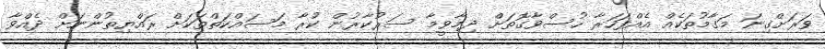
ވަރަށްގިނަ މަގާމުތަކެއް އެއްފަހަރާ ހުސްވާގޮތަށް ދިމާވީމާ ސަރުކާރުން ކުރާ މަސައްކަތްތަކަށް ރައްޔިތުންނަށް ދެއްވާ